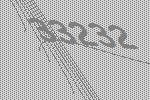
33232